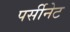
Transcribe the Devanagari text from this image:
पर्सीनेट